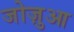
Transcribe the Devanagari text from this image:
जोज़ुआ